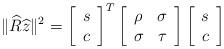
LaTeX: \begin{align*}\|\widehat{R}\widehat{z}\|^{2}=\left[\begin{array}{c}s\\c\end{array}\right]^{T}\left[\begin{array}{cc}\rho & \sigma\\\sigma & \tau\end{array}\right]\left[\begin{array}{c}s\\c\end{array}\right]\end{align*}